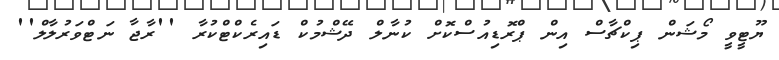
ޔޫޓީވީ މޯޝަން ޕިކްޗާސް އިން ޕްރޮޑިއުސްކޮށް ކުނާލް ދޭޝްމުކް ޑައިރެކްޓްކުރާ ''ރާޖާ ނަޓްވަރުލާލް''